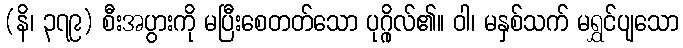
(နိ၊ ၃၇၉) စီးအပွားကို မပြီးစေတတ်သော ပုဂ္ဂိုလ်၏။ ဝါ၊ မနှစ်သက် မရွှင်ပျသော